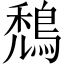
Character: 鵚